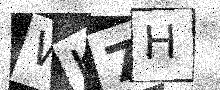
Text: WK7H